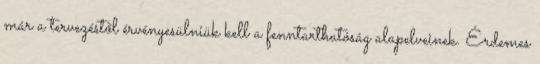
már a tervezéstől érvényesülniük kell a fenntarthatóság alapelveinek. Érdemes